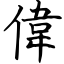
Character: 偉